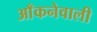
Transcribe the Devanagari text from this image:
आँकनेवाली